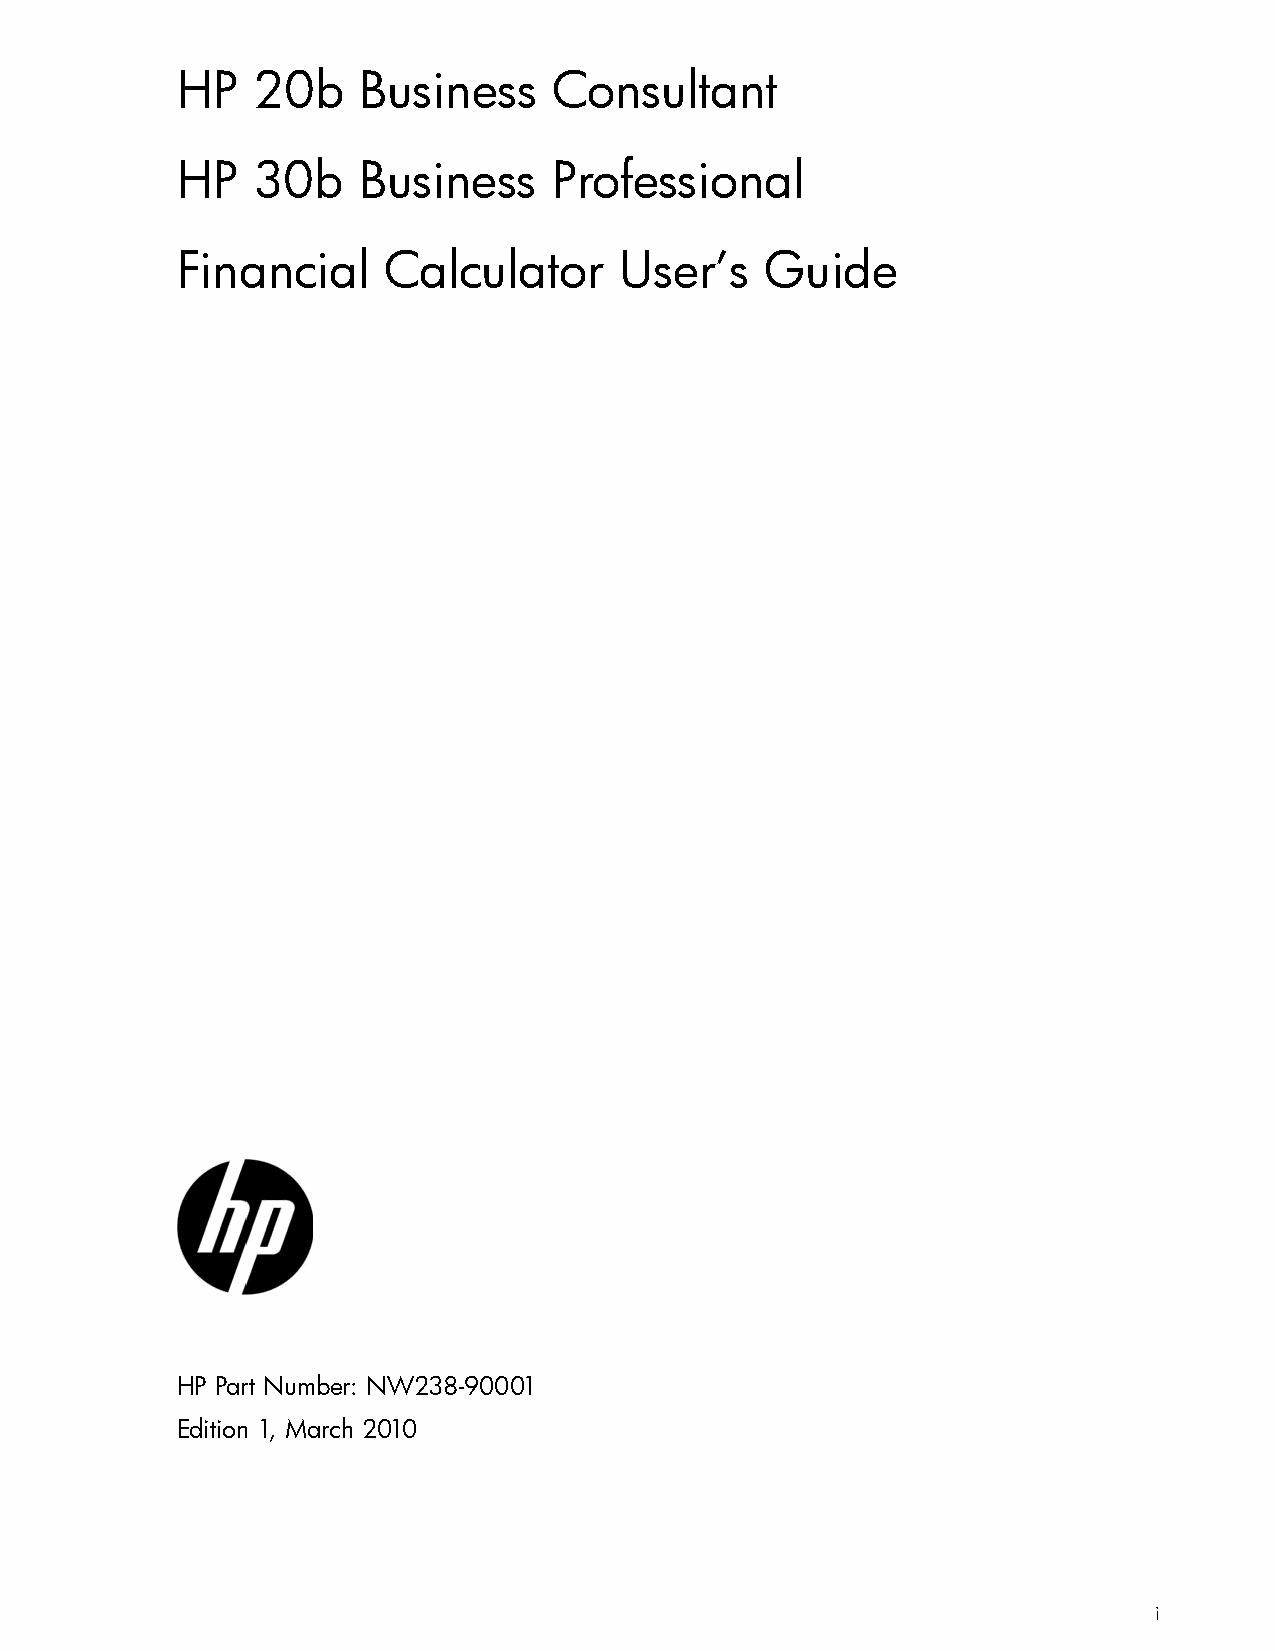
HP   20b    Business     Consultant
 HP   30b    Business     Professional
 Financial    Calculator      User’s    Guide
 HP Part Number: NW238-90001
 Edition 1, March 2010
 i